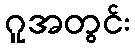
ဂူအတွင်း